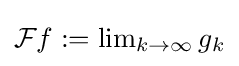
\textstyle {\mathcal {F}}f:=\lim _{k\to \infty }g_{k}